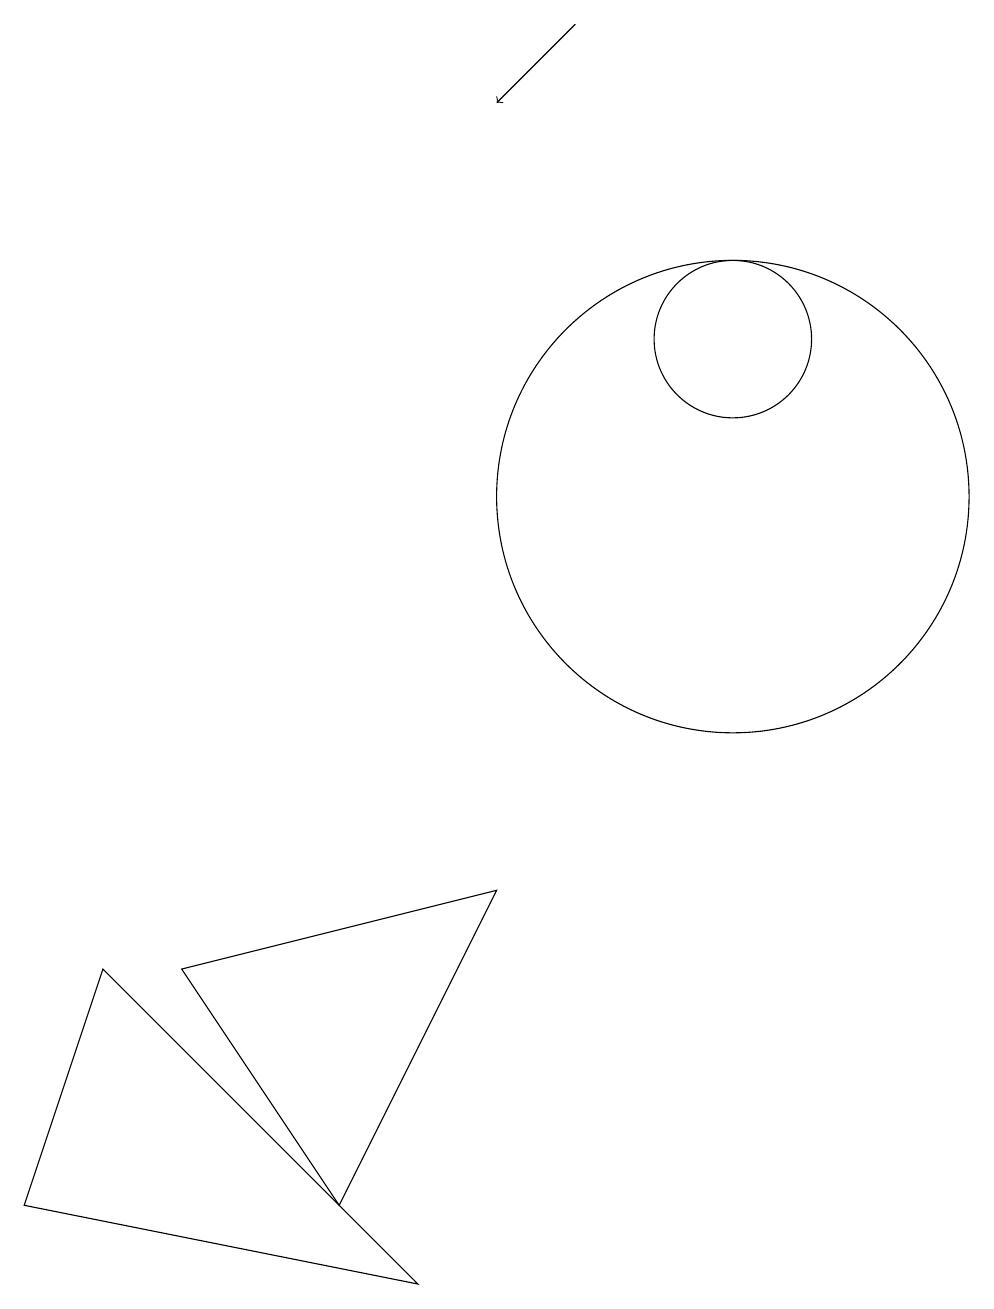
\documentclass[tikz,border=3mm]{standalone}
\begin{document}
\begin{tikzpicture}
\draw (11,12) circle (1);
\draw (8,5) -- (4,4) -- (6,1) -- cycle;
\draw (11,10) circle (3);
\draw[->] (9,16) -- (8,15);
\draw (3,4) -- (7,0) -- (2,1) -- cycle;
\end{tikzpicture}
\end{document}